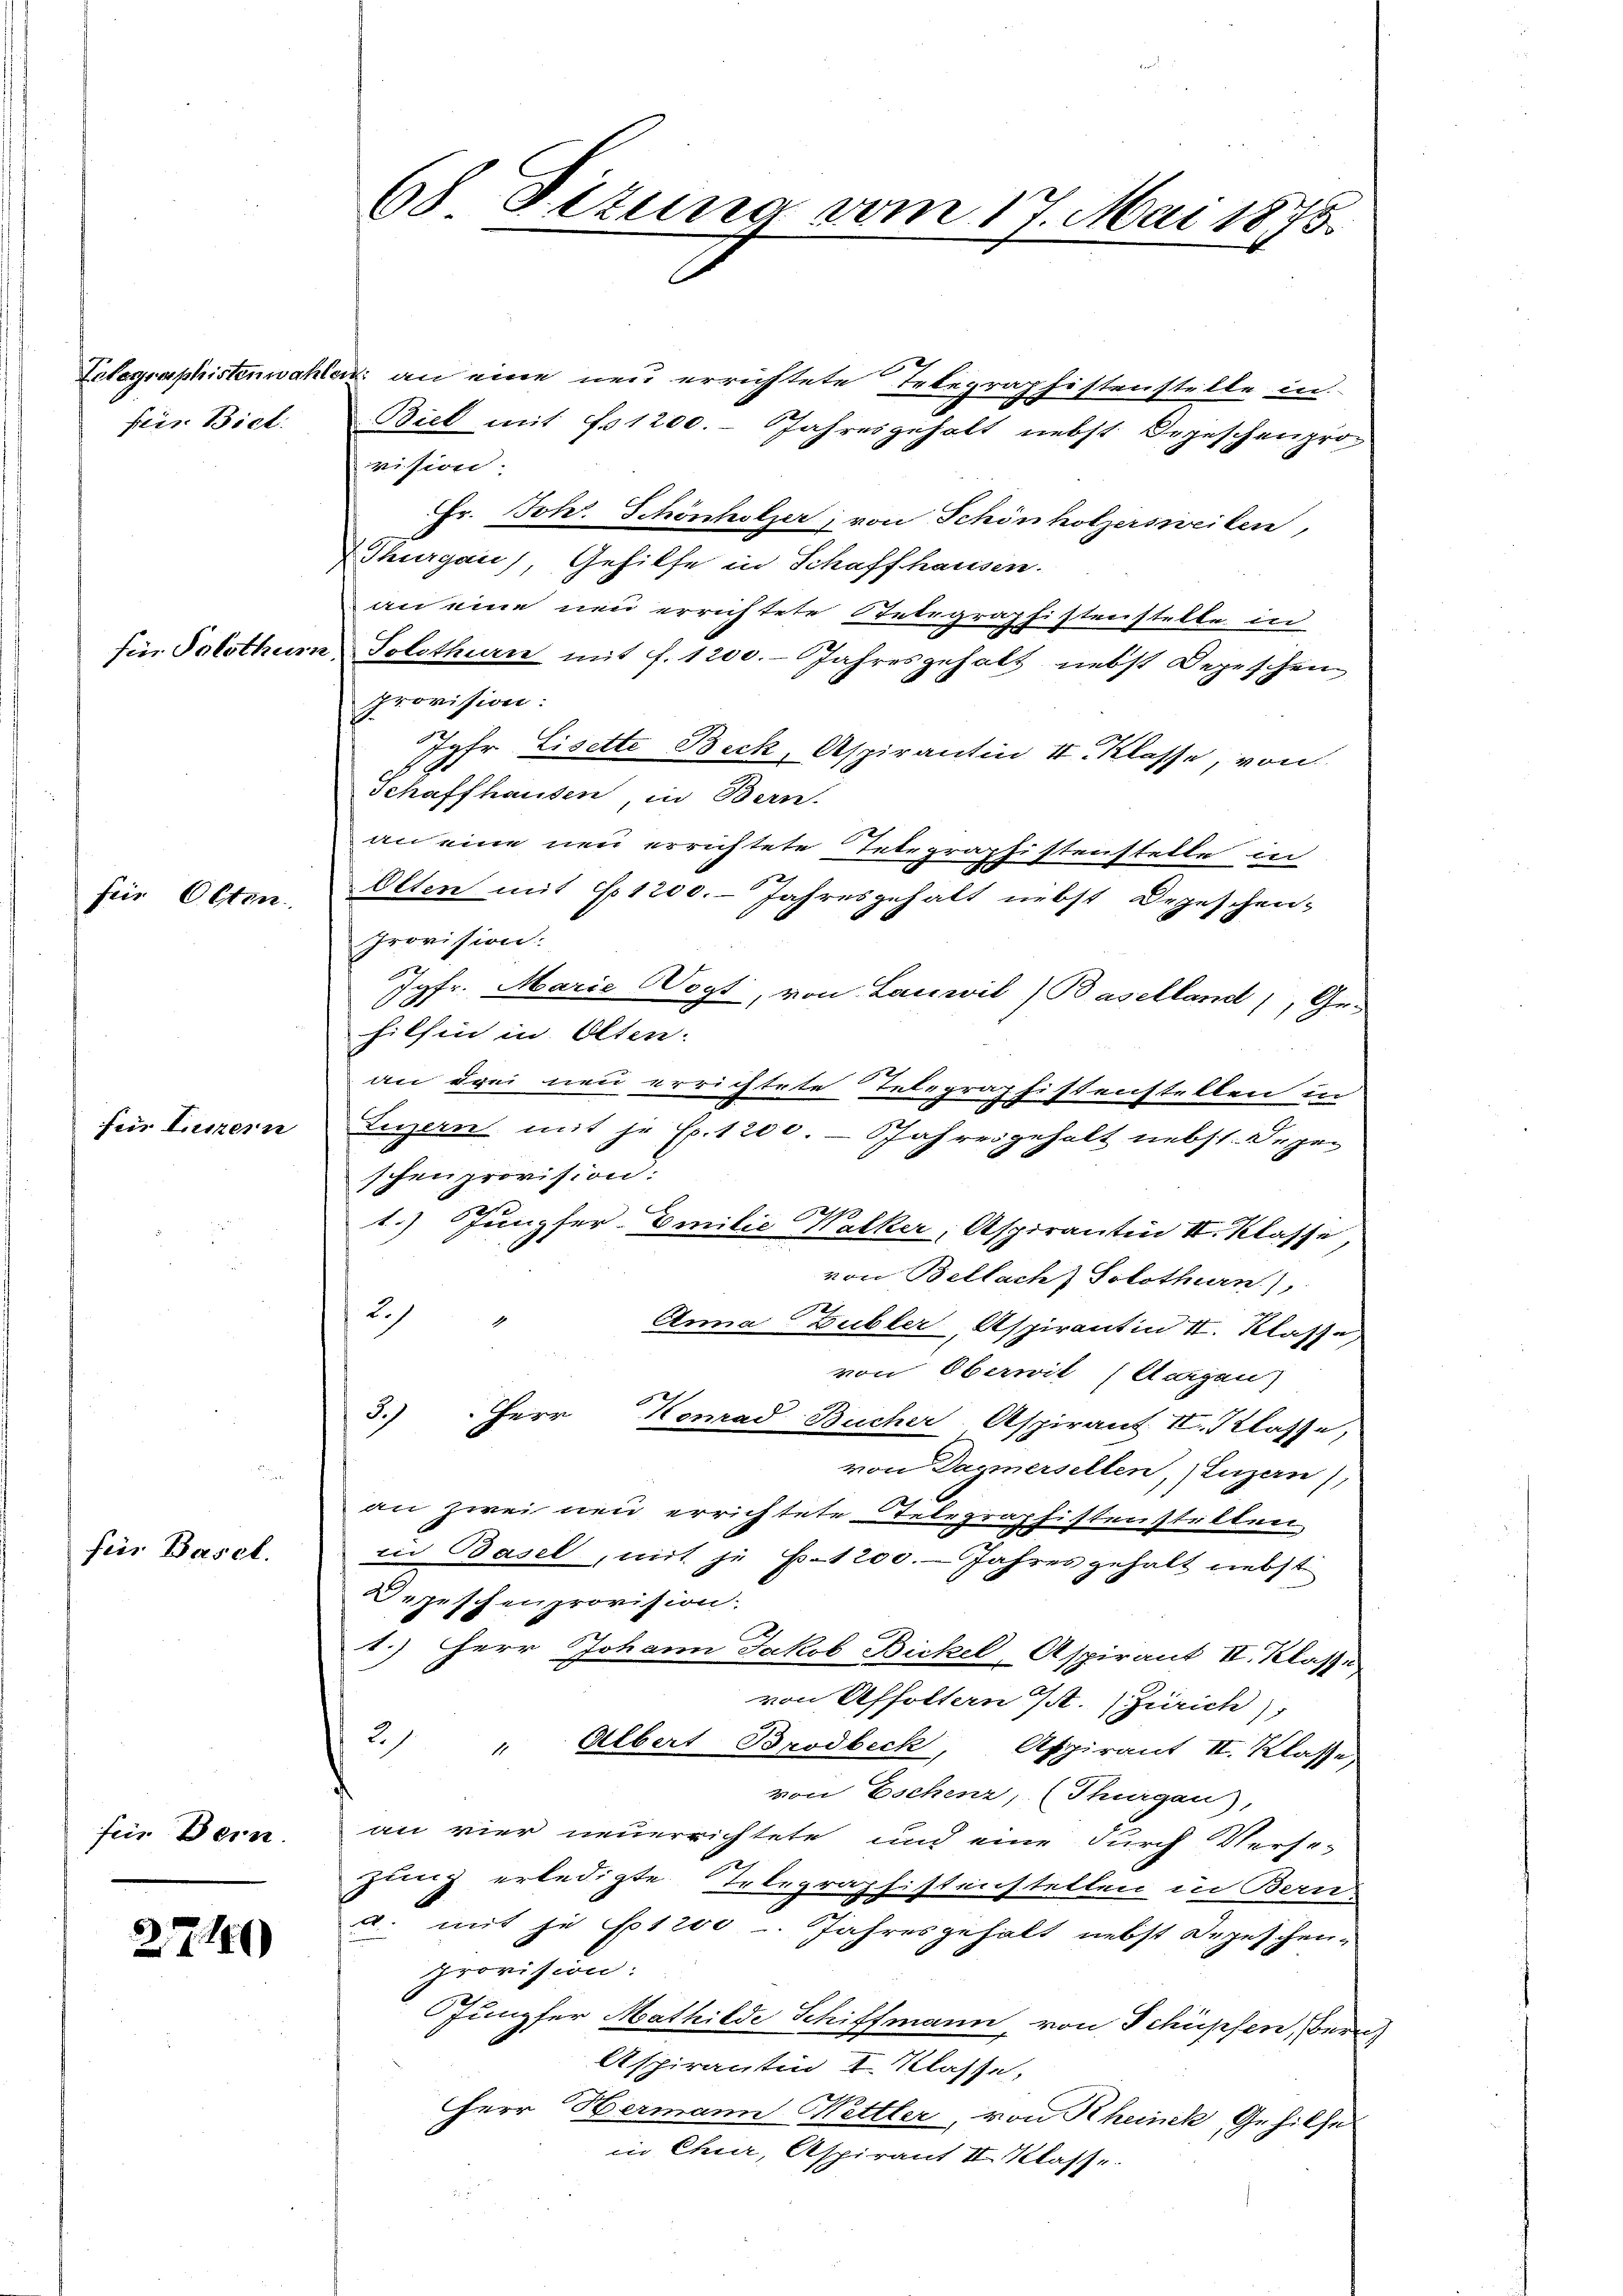
fein Biel.

fus Olten.

für Ennern

fier Basel.

für Bern.

27.140

68 Titung vom 17. Mai 1875.

Telegraphistenwahlen an eine neu errichtete Telegraphistenstelle in
Biel mit fr. 1200. Jahresgeholt nebst Depeschenprovision.
Fr. Joh. Schönholzer, von Schönholzersweilen,
Thurgau), Gehilfe in Schaffhausen.
an eine neu errichtete Integraphistenstelle in
Ein Solothum Solothurn mit f. 1200. Jahresgehalt nebst Depeschen
Provision:
Jyfr Lisette Beck, Aspirantin II. Klasse, von
Schaffhausen in Bern.
an eine neu errichtete Telegraphistenstelle in
Olten mit No 1200. Jahresgehalt nebst Depeschen-
Provision:
Jgfr. Marie Vogt, von Lanwil) Baselland), Ge-
hilfen in Olten.
an drei neu errichtete Telegraphistenstellen in
Luzern mit jr. Ex. 1200. - Jahresgehalt nebst. Dageschenprovision:
1. Jungfer- Emilie Walker, Aspirantin II. Klasse
von Bellach) Solothurn),
Ich
Anna Gubler, Aspirantin II. Klasse,
von Oberwit (Aargau)
3.) Herr Konrad Bucher Aspirant II. Klasse,
von Dagmersellen, Luzern),
an zwei neu errichtete Telegraphistenstätten
in Basel, mit je P.1200. Jahres gehalt nebst
Depeschenprovision.
1.) Herr Johann Jakob Bickel, Aspirant II. Klasse
von Affoltern J. Zürich),
2. " Albert Brodbeck, Aspirant III. Klasse,
von Eschen, (Thurgau),
an vier neuerrichtete und eine durch Verse-
zung erledigte Telegraphistenstellen in Bern-
u. mit je 100. Jahresgehalt nebst Depeschen-
provision:
Jungfer Mathilde Schiffmann, von Schüpfen, Bern)
Aspirantin I Klasse,
HHerr Hermann Mettler, von Rheinek Gehilfe
in Chur, Aspirant II Klasse.